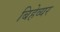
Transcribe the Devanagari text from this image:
बिहेव्यर